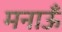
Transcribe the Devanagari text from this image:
मनाऊँ